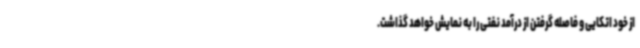
از خود اتکایی و فاصله گرفتن از درآمد نفتی را به نمایش خواهد گذاشت.